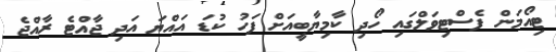
ޓިއޯމަން ފެސްޓިވަލްގައި ހޯދި ކާމިޔާބީއަށް ފަހު ކުޑަ އައްޔަ އަދި ޖާއްޓެ ރާއްޖެ